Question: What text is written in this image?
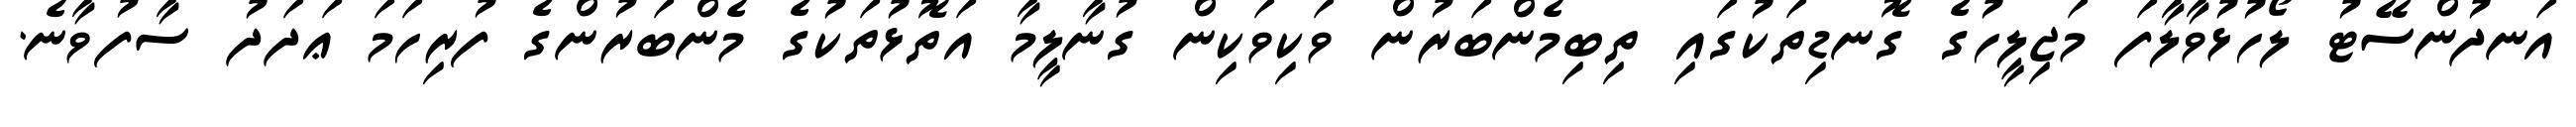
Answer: އަނދުންސޭޓު ލޯހުޅުވާލާފަ މަޖިލީހުގެ ގޮނޑިތަކުގައި ތިބިމެންބަރުން ވަކިވަކިން ގުނާލީމާ އަތޮޅުތަކުގެ މެންބަރުންގެ ފުރިހަމަ ޢަދަދު ސާފުވާނެ.